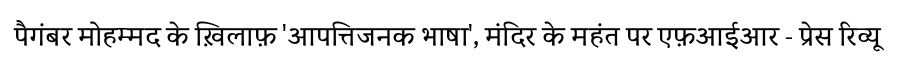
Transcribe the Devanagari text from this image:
पैगंबर मोहम्मद के ख़िलाफ़ 'आपत्तिजनक भाषा', मंदिर के महंत पर एफ़आईआर - प्रेस रिव्यू